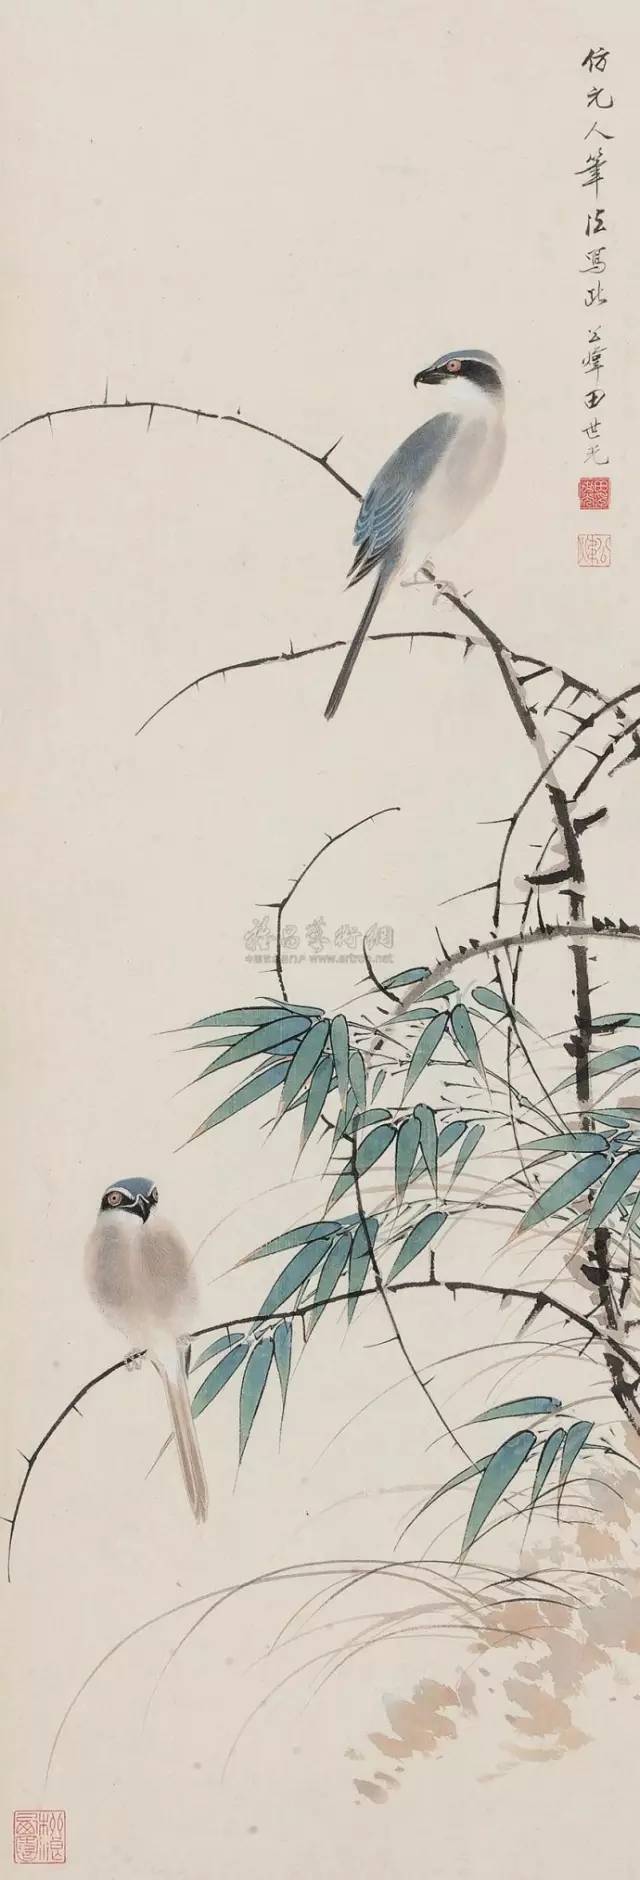
栖鸦流水点秋光，爱此萧疏树几行。